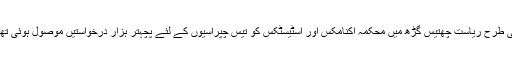
اسی طرح ریاست چھتیس گڑھ میں محکمہ اکنامکس اور اسٹیسٹکس کو تیس چپراسیوں کے لئے پچہتر ہزار درخواستیں موصول ہوئی تھیں۔